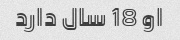
او 18 سال دارد